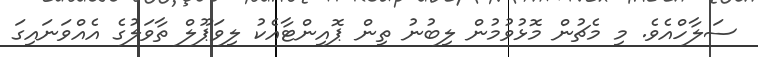
ސަލާހްއެވެ. މި މެޗުން މޮޅުވުމުން ލިބުނު ތިން ޕޮއިންޓާއެކު ލިވަޕޫލް ތާވަލުގެ އެއްވަނައިގަ